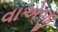
વાએજી